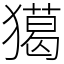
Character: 獦